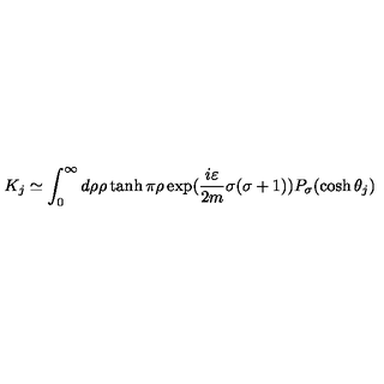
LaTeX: K _ { j } \simeq \int _ { 0 } ^ { \infty } d \rho \rho \tanh \pi \rho \exp ( \frac { i \varepsilon } { 2 m } \sigma ( \sigma + 1 ) ) P _ { \sigma } ( \cosh \theta _ { j } )